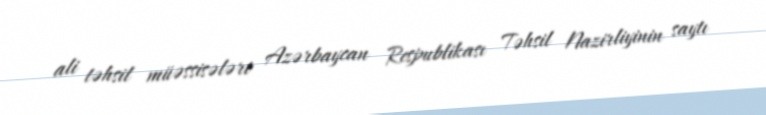
ali təhsil müəssisələri Azərbaycan Respublikası Təhsil Nazirliyinin saytı